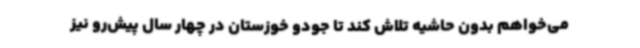
می‌خواهم بدون حاشیه تلاش کند تا جودو خوزستان در چهار سال پیش‌رو نیز